Vaccination North-Western Provinces and Oudh 1896-1901 - 1896-1901
Year: 1896
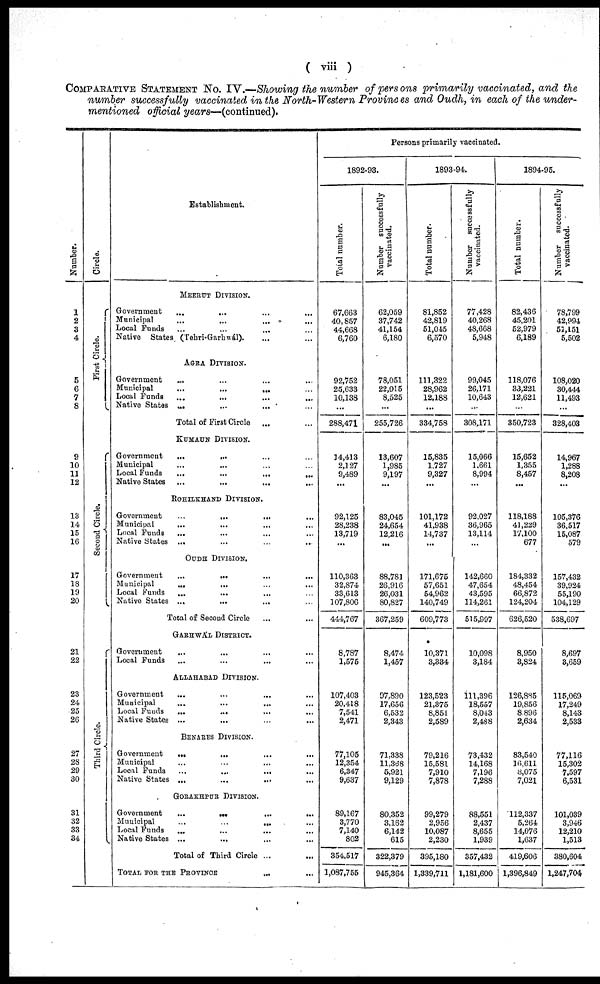
( viii )
COMPARATIVE STATEMENT No. IV.—Showing the number of persons primarily vaccinated, and the
number successfully vaccinated in the North-Western Provinces and Oudh, in each of the under-
mentioned official years—(continued).
Number.
1
2
3
4
5
6
7
8
9
10
11
12
13
14
15
16
17
18
19
20
21
22
23
24
25
26
27
28
29
30
31
32
33
34
Circle.
First Circle.
Second Circle.
Third Circle.
Establishment.
MEERUT DIVISION.
Government
...
... ... ...
Municipal ... ... ... ...
Local Funds ... ... ... ...
Native States (Tehri-Garhwál).
...
...
AGRA DIVISION.
Government ... ... ... ...
Municipal
...
...
... ...
Local Funds ... ... ... ...
Native States
...
...
... ...
Total of First Circle ... ...
KUMAUN DIVISION.
Government
...
... ... ...
Municipal ... ... ... ...
Local Funds
...
...
...
...
Native States ...
...
... ...
ROHILKHAND DIVISION.
Government
...
...
... ...
Municipal ... ... ... ...
Local Funds
... ... ... ...
Native States ... ... ... ...
OUDH DIVISION.
Government
...
... ... ...
Municipal
... ... ... ...
Local Funds ... ... ... ...
Native States ... ... ... ...
Total of Second Circle ... ...
GARHWÁL DIVISION.
Government
... ... ... ...
Local Funds
...
...
... ...
ALLAHABAD DIVISION.
Government ... ... ... ...
Municipal
...
...
... ...
Local Funds
...
... ... ...
Native States ...
...
...
...
BENARES DIVISION.
Government
... ... ... ...
Municipal
...
...
...
...
Local Funds
...
...
... ...
Native States ...
...
... ...
GORAKHPUR DIVISION.
Government
...
...
...
...
Municipal
...
...
... ...
Local Funds
... ... ... ...
Native States ... ... ... ...
Total of Third Circle ... ...
TOTAL FOR THE PROVINCE
... ...
Persons primarily vaccinated.
1892-93.
Total number.
67,663
40,857
44,668
6,760
92,752
25,633
10,138
...
288,471
14,413
2,127
9,489
...
92,125
28,238
13,719
...
110,363
32,874
33,613
107,806
444,767
8,787
1,575
107,403
20,418
7,541
2,471
77,105
12,354
6,347
9,637
89,167
3,770
7,140
802
354,517
1,087,755
Number successfully
vaccinated.
62,059
37,742
41,154
6,180
78,051
22,015
8,525
...
255,726
13,607
1,985
9,197
...
83,045
24,654
12,216
...
88,781
26,916
26,031
80,827
367,259
8,474
1,457
97,890
17,656
6,532
2,343
71,338
11,368
5,921
9,129
80,352
3,162
6,142
615
322,379
945,364
1893-94.
Total number.
81,852
42,819
51,045
6,570
111,322
28,962
12,188
...
334,758
15,835
1,727
9,327
...
101,172
41,938
14,737
...
171,675
57,651
54,962
140,749
609,773
10,371
3,334
123,523
21,375
8,851
2,589
79,216
15,581
7,910
7,878
99,279
2,956
10,087
2,230
395,180
1,339,711
Number successfully
vaccinated.
77,428
40,268
48,668
5,948
99,045
26,171
10,643
...
308,171
15,066
1,661
8,994
...
92,027
36,965
13,114
...
142,660
47,654
43,595
114,261
515,997
10,098
3,184
111,396
18,557
8,043
2,488
73,432
14,168
7,196
7,288
88,551
2,437
8,655
1,939
357,432
1,181,600
1894-95.
Total number.
82,436
45,201
52,979
6,189
118,076
33,221
12,621
...
350,723
15,652
1,355
8,457
...
118,188
41,229
17,100
677
184,332
48,454
66,872
124,204
626,520
8,950
3,824
126,885
19,856
8,896
2,634
83,540
16,611
8,075
7,021
112,337
5,264
14,076
1,637
419,606
1,396,849
Number
successfully
vaccinated.
78,799
42,994
52,151
5,502
108,020
30,444
11,493
...
328,403
14,967
1,288
8,208
...
105,376
36,517
15,087
579
157,432
39,924
55,190
104,129
538,697
8,697
3,659
115,069
17,249
8,143
2,533
77,116
15,302
7,597
6,531
101,039
3,946
12,210
1,513
380,604
1,247,704